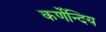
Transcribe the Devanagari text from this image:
कर्णेन्दिय